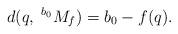
LaTeX: \begin{align*}d(q,\; ^{b_0}{M}_{f}) = b_0 -f(q).\end{align*}